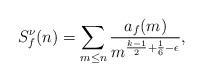
LaTeX: \begin{align*} S_f^\nu(n) = \sum_{m \leq n} \frac{a_f(m)}{m^{\frac{k-1}{2} + \frac{1}{6} - \epsilon}},\end{align*}